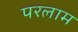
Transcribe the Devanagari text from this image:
परलाम